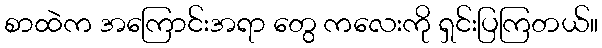
စာထဲက အကြောင်းအရာ တွေ ကလေးကို ရှင်းပြကြတယ်။